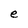
Character: e